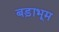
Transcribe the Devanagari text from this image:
बड़ाभूम